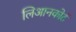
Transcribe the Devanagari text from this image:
लिआनकोर्ट